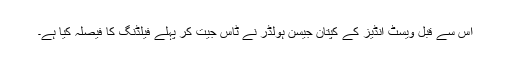
اس سے قبل ویسٹ انڈیز کے کپتان جیسن ہولڈر نے ٹاس جیت کر پہلے فیلڈنگ کا فیصلہ کیا ہے۔